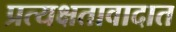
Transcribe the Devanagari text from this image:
प्रत्यक्षतावादात